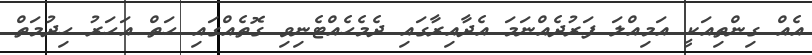
އެއް ގިންތިއަކީ އަމިއްލަ ފަރުދެއްނަމަ އެދާއިރާގައި ދެމެހެއްޓެނިވި ގޮތެއްގައި ހަތް އަހަރު ހިދުމަތް